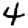
Digit: 4